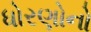
ધોરણોનો